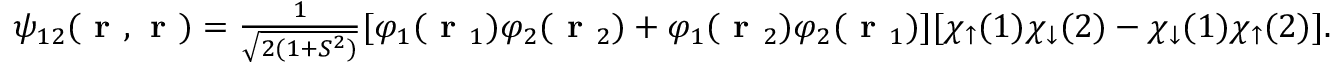
\begin{array} { r } { \psi _ { 1 2 } ( \textbf { r } , \textbf { r } ) = \frac { 1 } { \sqrt { 2 ( 1 + S ^ { 2 } ) } } [ \varphi _ { 1 } ( \textbf { r } _ { 1 } ) \varphi _ { 2 } ( \textbf { r } _ { 2 } ) + \varphi _ { 1 } ( \textbf { r } _ { 2 } ) \varphi _ { 2 } ( \textbf { r } _ { 1 } ) ] [ \chi _ { \uparrow } ( 1 ) \chi _ { \downarrow } ( 2 ) - \chi _ { \downarrow } ( 1 ) \chi _ { \uparrow } ( 2 ) ] . } \end{array}